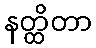
နတ္ထိတာ